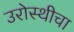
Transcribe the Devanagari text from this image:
उरोस्थीचा